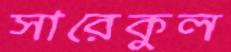
সারেকুল